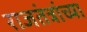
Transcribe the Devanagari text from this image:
राजतंत्रांच्या